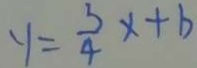
y = \frac { 3 } { 4 } x + b